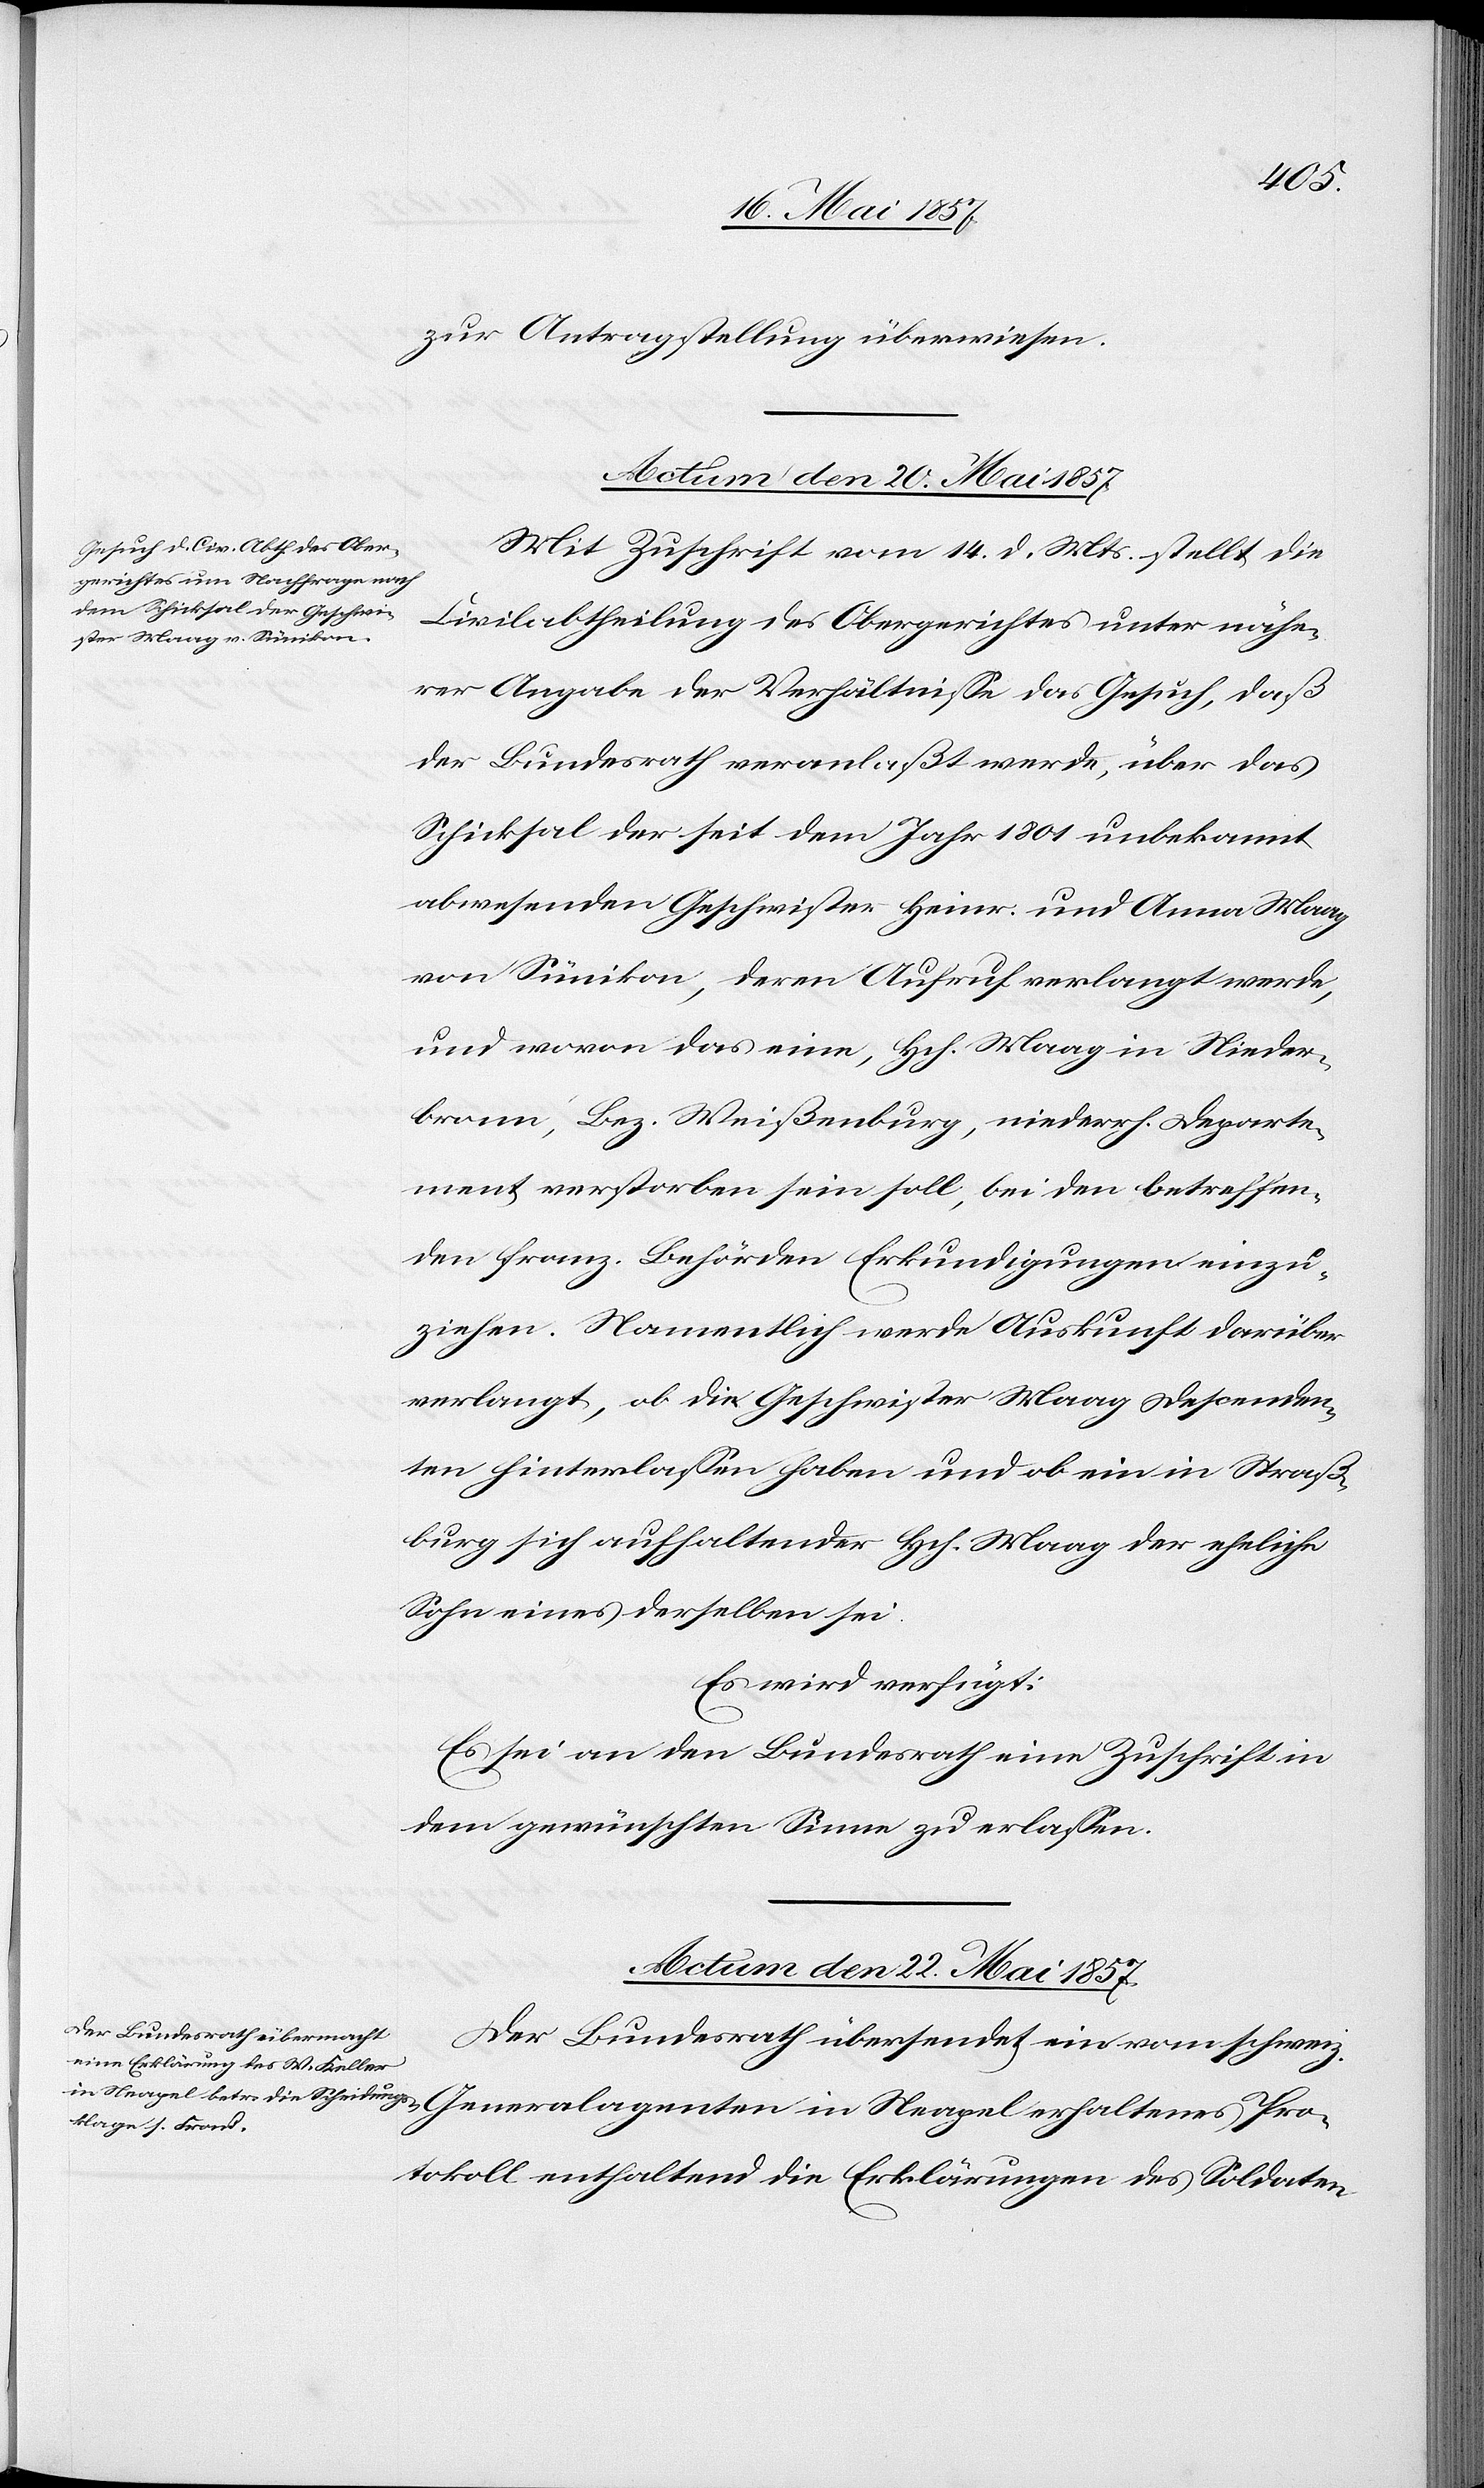
zur Antragstellung überwiesen.
Actum den 20 Mai 1857.
Mit Zuschrift vom 14 d. Mts. stellt die
Civilabtheilung des Obergerichtes unter nähe¬
rer Angabe der Verhältnisse das Gesuch, daß
der Bundesrath veranlaßt werde, über das
Schicksal der seit dem Jahr 1801 unbekannt
abwesenden Geschwister Heinr. und Anna Maag
von Sümikon, deren Aufruf verlangt werde,
und wovon das eine, Hch. Maag in Nieder¬
bram, Bez. Weißenburg, niederh. Departe¬
ment verstorben sein soll, bei den betreffen¬
den franz. Behörden Erkundigungen einzu¬
ziehen. Namentlich werde Auskunft darüber
verlangt, ob die Geschwister Maag Descenden¬
ten hinterlassen haben und ob ein in Straß¬
burg sich aufhaltender Hch. Maag der eheliche
Sohn eines derselben sei.
Es wird verfügt:
Es sei an den Bundesrath eine Zuschrift in
dem gewünschten Sinne zu erlassen.
Actum den 22 Mai 1857.
Der Bundesrath übersendet ein vom schweiz.
Protokoll enthaltend die Erklärungen des Soldaten